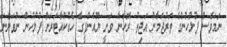
ނަމަވެސް ފުލުހުންގެ ތަރުޖަމާނު އަޖިތު ރޮހާނާ ވަނީ ޔޫއެންޕީގެ ހެޑްކުއާޓަރަށް ފުލުހުން ނުވަންނަ